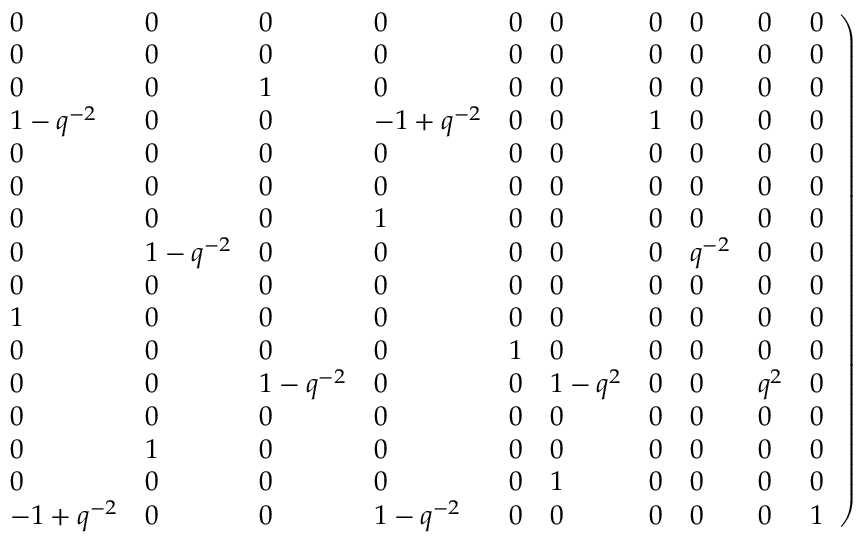
\left. \begin{array} { l l l l l l l l l l } { { 0 } } & { { 0 } } & { { 0 } } & { { 0 } } & { { 0 } } & { { 0 } } & { { 0 } } & { { 0 } } & { { 0 } } & { { 0 } } \\ { { 0 } } & { { 0 } } & { { 0 } } & { { 0 } } & { { 0 } } & { { 0 } } & { { 0 } } & { { 0 } } & { { 0 } } & { { 0 } } \\ { { 0 } } & { { 0 } } & { { 1 } } & { { 0 } } & { { 0 } } & { { 0 } } & { { 0 } } & { { 0 } } & { { 0 } } & { { 0 } } \\ { { 1 - q ^ { - 2 } } } & { { 0 } } & { { 0 } } & { { - 1 + { q ^ { - 2 } } } } & { { 0 } } & { { 0 } } & { { 1 } } & { { 0 } } & { { 0 } } & { { 0 } } \\ { { 0 } } & { { 0 } } & { { 0 } } & { { 0 } } & { { 0 } } & { { 0 } } & { { 0 } } & { { 0 } } & { { 0 } } & { { 0 } } \\ { { 0 } } & { { 0 } } & { { 0 } } & { { 0 } } & { { 0 } } & { { 0 } } & { { 0 } } & { { 0 } } & { { 0 } } & { { 0 } } \\ { { 0 } } & { { 0 } } & { { 0 } } & { { 1 } } & { { 0 } } & { { 0 } } & { { 0 } } & { { 0 } } & { { 0 } } & { { 0 } } \\ { { 0 } } & { { 1 - q ^ { - 2 } } } & { { 0 } } & { { 0 } } & { { 0 } } & { { 0 } } & { { 0 } } & { { { q ^ { - 2 } } } } & { { 0 } } & { { 0 } } \\ { { 0 } } & { { 0 } } & { { 0 } } & { { 0 } } & { { 0 } } & { { 0 } } & { { 0 } } & { { 0 } } & { { 0 } } & { { 0 } } \\ { { 1 } } & { { 0 } } & { { 0 } } & { { 0 } } & { { 0 } } & { { 0 } } & { { 0 } } & { { 0 } } & { { 0 } } & { { 0 } } \\ { { 0 } } & { { 0 } } & { { 0 } } & { { 0 } } & { { 1 } } & { { 0 } } & { { 0 } } & { { 0 } } & { { 0 } } & { { 0 } } \\ { { 0 } } & { { 0 } } & { { 1 - { q ^ { - 2 } } } } & { { 0 } } & { { 0 } } & { { 1 - { q ^ { 2 } } } } & { { 0 } } & { { 0 } } & { { { q ^ { 2 } } } } & { { 0 } } \\ { { 0 } } & { { 0 } } & { { 0 } } & { { 0 } } & { { 0 } } & { { 0 } } & { { 0 } } & { { 0 } } & { { 0 } } & { { 0 } } \\ { { 0 } } & { { 1 } } & { { 0 } } & { { 0 } } & { { 0 } } & { { 0 } } & { { 0 } } & { { 0 } } & { { 0 } } & { { 0 } } \\ { { 0 } } & { { 0 } } & { { 0 } } & { { 0 } } & { { 0 } } & { { 1 } } & { { 0 } } & { { 0 } } & { { 0 } } & { { 0 } } \\ { { - 1 + q ^ { - 2 } } } & { { 0 } } & { { 0 } } & { { 1 - { q ^ { - 2 } } } } & { { 0 } } & { { 0 } } & { { 0 } } & { { 0 } } & { { 0 } } & { { 1 } } \end{array} \right)